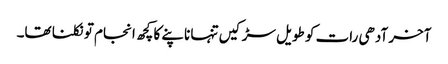
آخر آدھی رات کو طویل سڑکیں تنہا ناپنے کا کچھ انجام تو نکلنا تھا۔